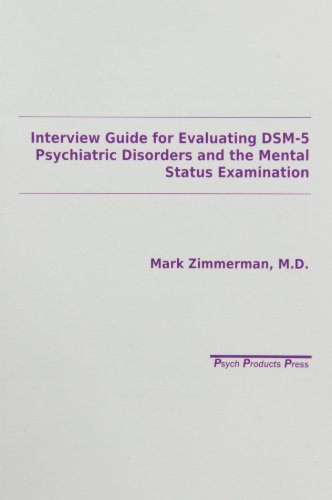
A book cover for Interview Guide for Evaluation of Dsm-V Disorders; Zimmerman; Medical Books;